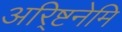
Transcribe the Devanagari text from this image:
अरि्ष्टनेमि